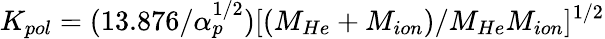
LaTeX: K_{pol}=(13.876/\alpha_{p}^{1/2})[(M_{He}+M_{ion})/M_{He}M_{ion}]^{1/2}